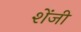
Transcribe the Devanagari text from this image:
शेंजी